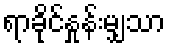
ရာခိုင်နှုန်းမျှသာ